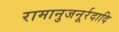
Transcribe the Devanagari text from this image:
रामानुजनूर्रदादि